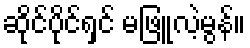
ဆိုင်ပိုင်ရှင် မဖြူလဲ့မွန်။